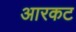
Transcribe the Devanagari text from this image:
आरकट